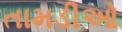
તામડીઓ